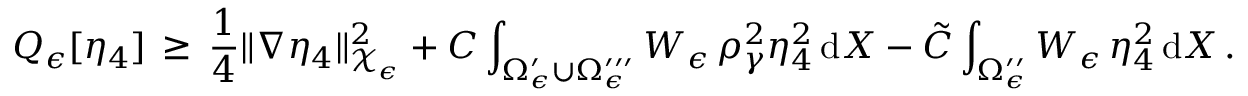
Q _ { \epsilon } [ \eta _ { 4 } ] \, \ge \, \frac 1 4 \| \nabla \eta _ { 4 } \| _ { \mathcal { X } _ { \epsilon } } ^ { 2 } + C \int _ { \Omega _ { \epsilon } ^ { \prime } \cup \Omega _ { \epsilon } ^ { \prime \prime \prime } } W _ { \epsilon } \, \rho _ { \gamma } ^ { 2 } \eta _ { 4 } ^ { 2 } \, \mathrm { d } X - \tilde { C } \int _ { \Omega _ { \epsilon } ^ { \prime \prime } } W _ { \epsilon } \, \eta _ { 4 } ^ { 2 } \, \mathrm { d } X \, .